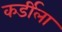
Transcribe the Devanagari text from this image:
कर्डीला